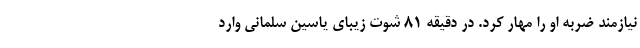
نیازمند ضربه او را مهار کرد. در دقیقه ۸۱ شوت زیبای یاسین سلمانی وارد